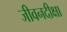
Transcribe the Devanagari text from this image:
जीवनदीक्षा